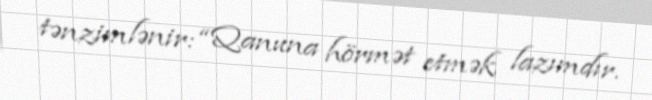
tənzimlənir: “Qanuna hörmət etmək lazımdır.